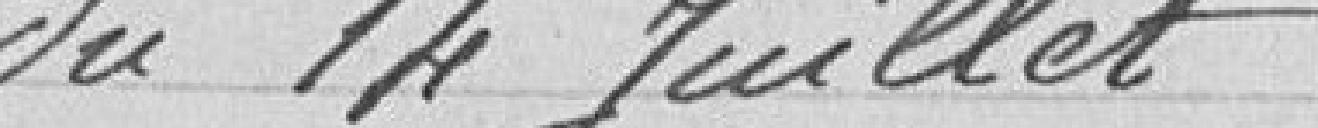
du 14 juillet